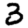
Digit: 3